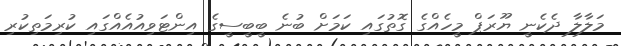
މަލާލާ ދެކެނީ ޔޫރަޕް މީހެއްގެ ގޮތުގައި ކަމަށް ބުނެ ބީބީސީގެ އިންޓަވިއުއެއްގައި ކުރިމަތިކުރި